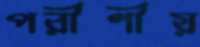
পরীণীয়